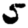
Digit: 5